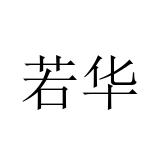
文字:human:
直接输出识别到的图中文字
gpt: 若华